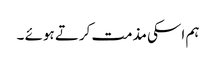
ہم اسکی مذمت کرتے ہوئے ۔